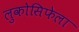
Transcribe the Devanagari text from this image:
लुकोसिफेला